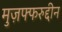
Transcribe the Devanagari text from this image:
मुज़फ्फरुद्दीन